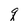
Character: q